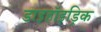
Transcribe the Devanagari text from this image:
डाइहॉइड्रिक